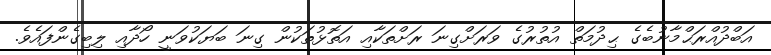
އަބްދުއްރަޙްމާނުބެގެ ޙިދުމަތް އުތުރުގެ ވަރަށްގިނަ ރަށްތަކާއި އަތޮޅުތަކުން ގިނަ ބަޔަކުވަނީ ހޯދާއި ލިބިގެންފައެވެ.